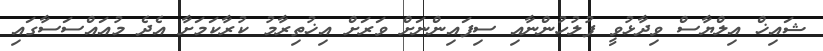
ޝައިޚް އިލްޔާސް ވިދާޅުވީ ފުލުހުންނާއި ސިފައިންނަށް ވަރަށް އިޚުތިރާމު ކުރާކަމަށާ އެދެ މުއައްސަސާގައި